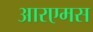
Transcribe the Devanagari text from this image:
आरएमस